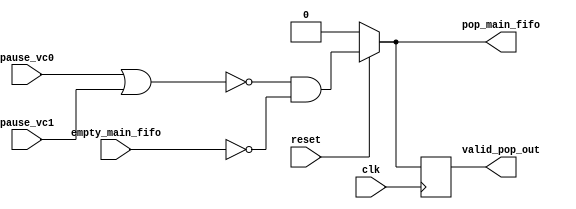
module comb_initial(input clk,
                    input reset,
				    input pause_vc0,
				    input pause_vc1,
                    input empty_main_fifo,
                    output reg pop_main_fifo, //read enable del main fifo 
                    output reg valid_pop_out);

reg valid_pop_delay;

    always @ (*) begin
        if(reset==0) pop_main_fifo = 0;
        else pop_main_fifo = ((!(pause_vc0 | pause_vc1))&(!(empty_main_fifo)));
        //valid_pop_out = pop_main_fifo;
    end

    always @(posedge clk) begin
        if (reset==0) begin
            valid_pop_out <= 0;
        end
        //valid_pop_delay <= pop_main_fifo;
        valid_pop_out <= pop_main_fifo;
    end

endmodule